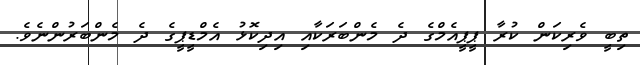
ތިބީ ވެރިކަން ކުރާ ޕީޕީއެމްގެ ދެ މެންބަރަކާއި އިދިކޮޅު އެމްޑީޕީގެ ދެ މެންބަރުންނެވެ.